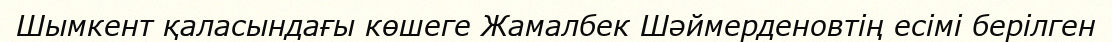
Шымкент қаласындағы көшеге Жамалбек Шәймерденовтің есімі берілген